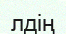
лдің